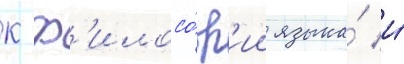
к ф'илосо́ф'ии языка́ и́